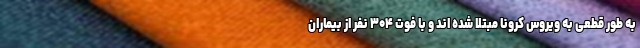
به طور قطعی به ویروس کرونا مبتلا شده اند و با فوت ۳۰۴ نفر از بیماران